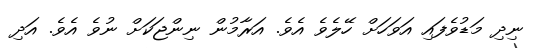
ނިދި މަޑުވެފައި އަވަހަށް ހޭލެެވެ އެވެ. އަރާމުން ނިންޖަކަށް ނުވެ އެވެ. އަދި